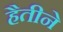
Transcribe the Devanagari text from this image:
हैतीने